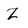
Character: Z